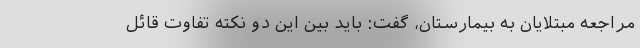
مراجعه مبتلایان به بیمارستان، گفت: باید بین این دو نکته تفاوت قائل